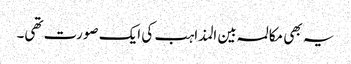
یہ بھی مکالمہ بین المذاہب کی ایک صورت تھی۔